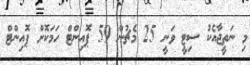
މި ނަތީޖާއެކު ސިޓީ ވަނީ 25 މެޗުން 59 ޕޮއިންޓް ހަމަކޮށް ޕޮއިންޓް